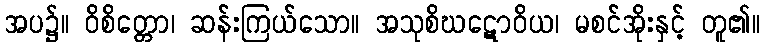
အပ၌။ ဝိစိတ္တော၊ ဆန်းကြယ်သော။ အသုစိဃဋောဝိယ၊ မစင်အိုးနှင့် တူ၏။